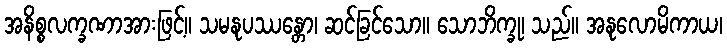
အနိစ္စလက္ခဏာအားဖြင့်။ သမနုပဿန္တော၊ ဆင်ခြင်သော။ သောဘိက္ခု၊ သည်။ အနုလောမိကာယ၊